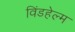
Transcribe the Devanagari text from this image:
विंडहेल्म